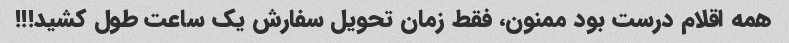
همه اقلام درست بود ممنون‌، فقط زمان تحویل سفارش یک ساعت طول کشید!!!